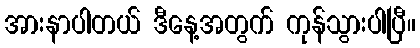
အားနာပါတယ် ဒီနေ့အတွက် ကုန်သွားပါပြီ။